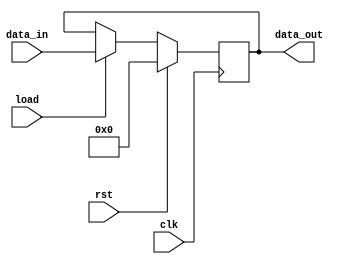
`timescale 1ns / 1ps
//////////////////////////////////////////////////////////////////////////////////
// Company: 
// Engineer: 
// 
// Design Name: 
// Module Name: reg
// Project Name: 
// Target Devices: 
// Tool Versions: 
// Description: 
// 
// Dependencies: 
// 
// Revision:
// Revision 0.01 - File Created
// Additional Comments:
// 
//////////////////////////////////////////////////////////////////////////////////


module reg0(
    input load,
    input [10:0] data_in,
    input clk,rst,
    output reg [10:0] data_out
    );
    
    always@(posedge clk)
    begin
    if(rst) 
    data_out <= 0;
    else
    if(load)
    data_out <= data_in;
    end
    
endmodule